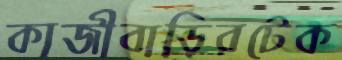
কাজীবাড়িরটেক